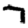
Digit: 7